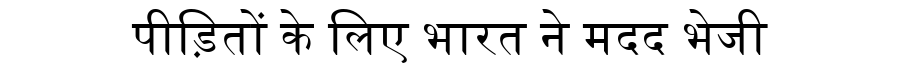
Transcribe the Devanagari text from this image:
पीड़ितों के लिए भारत ने मदद भेजी